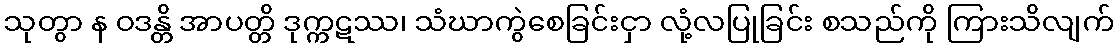
သုတွာ န ဝဒန္တိ အာပတ္တိ ဒုက္ကဋဿ၊ သံဃာကွဲစေခြင်းငှာ လုံ့လပြုခြင်း စသည်ကို ကြားသိလျက်